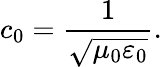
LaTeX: c_{0}={\frac{1}{\sqrt{\mu_{0}\varepsilon_{0}}}}.